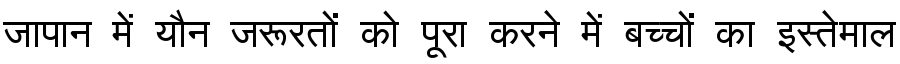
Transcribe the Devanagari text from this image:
जापान में यौन जरूरतों को पूरा करने में बच्चों का इस्तेमाल